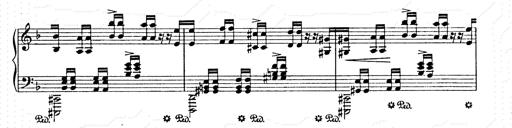
Title: AnnÃ©es de pÃ¨lerinage II
Composer: Franz Liszt